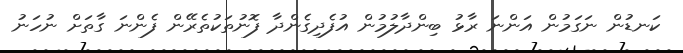
ކަނޑުން ނަގަމުން އަންނަ ރާޅު ބިންދާލުމުން އުފެދިގެންދާ ފޮނުތަކުތެރޭން ފެންނަ ގާތަށް ނުހަނު